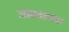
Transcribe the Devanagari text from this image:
आत्मबलाचा